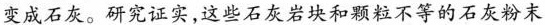
变成石灰。研究证实，这些石灰岩块和颗粒不等的石灰粉末